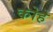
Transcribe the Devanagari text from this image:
कोहे